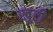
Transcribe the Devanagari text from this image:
खुटी